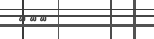
١٤٨